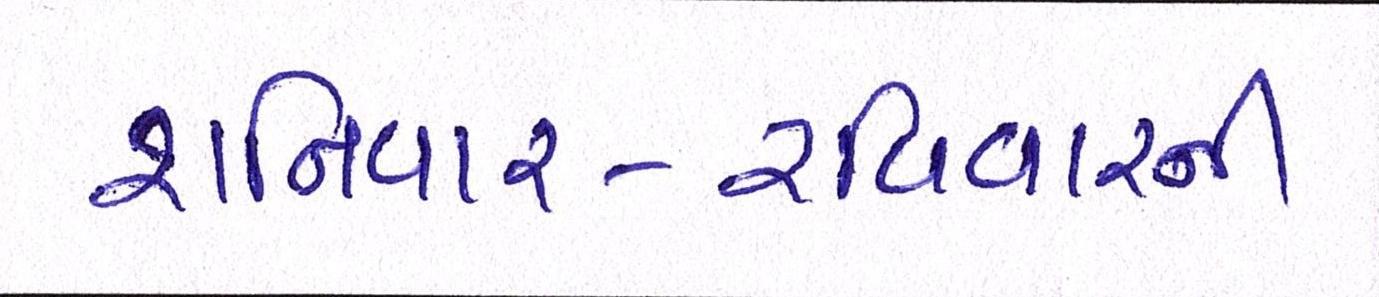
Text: શનિવાર-રવિવારની